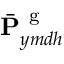
\bar { \mathbf { P } } _ { y m d h } ^ { \mathrm { ~ g ~ } }